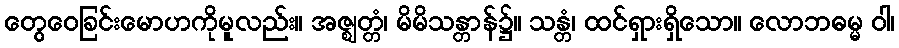
တွေဝေခြင်းမောဟကိုမူလည်း။ အဇ္ဈတ္တံ၊ မိမိသန္တာန်၌။ သန္တံ၊ ထင်ရှားရှိသော။ လောဘဓမ္မ ဝါ၊